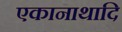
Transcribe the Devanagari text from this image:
एकानाथादि